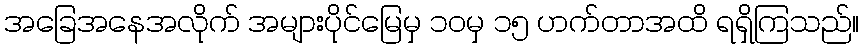
အခြေအနေအလိုက် အများပိုင်မြေမှ ၁၀မှ ၁၅ ဟက်တာအထိ ရရှိကြသည်။